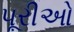
પૂરીઓ